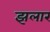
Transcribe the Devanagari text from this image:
झलार